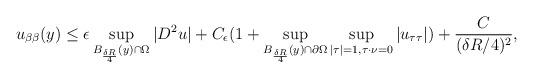
LaTeX: \begin{align*}u_{\beta\beta} (y) \le \epsilon \sup\limits_{B_{\frac{\delta R}{4}}(y)\cap \Omega}|D^2u| + C_\epsilon (1+ \sup\limits_{B_{\frac{\delta R}{4}}(y)\cap \partial\Omega}\sup\limits_{|\tau|=1,\tau\cdot \nu=0} |u_{\tau\tau}|) + \frac{C}{(\delta R/ 4)^2},\end{align*}